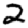
Digit: 2